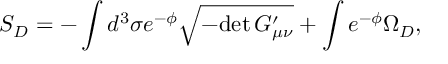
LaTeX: S _ { D } = - \int d ^ { 3 } \sigma e ^ { - \phi } \sqrt { - \mathrm { d e t } \, G _ { \mu \nu } ^ { \prime } } + \int e ^ { - \phi } \Omega _ { D } ,